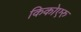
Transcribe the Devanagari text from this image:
किकोएरु